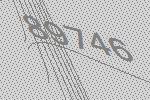
89746